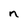
Character: n